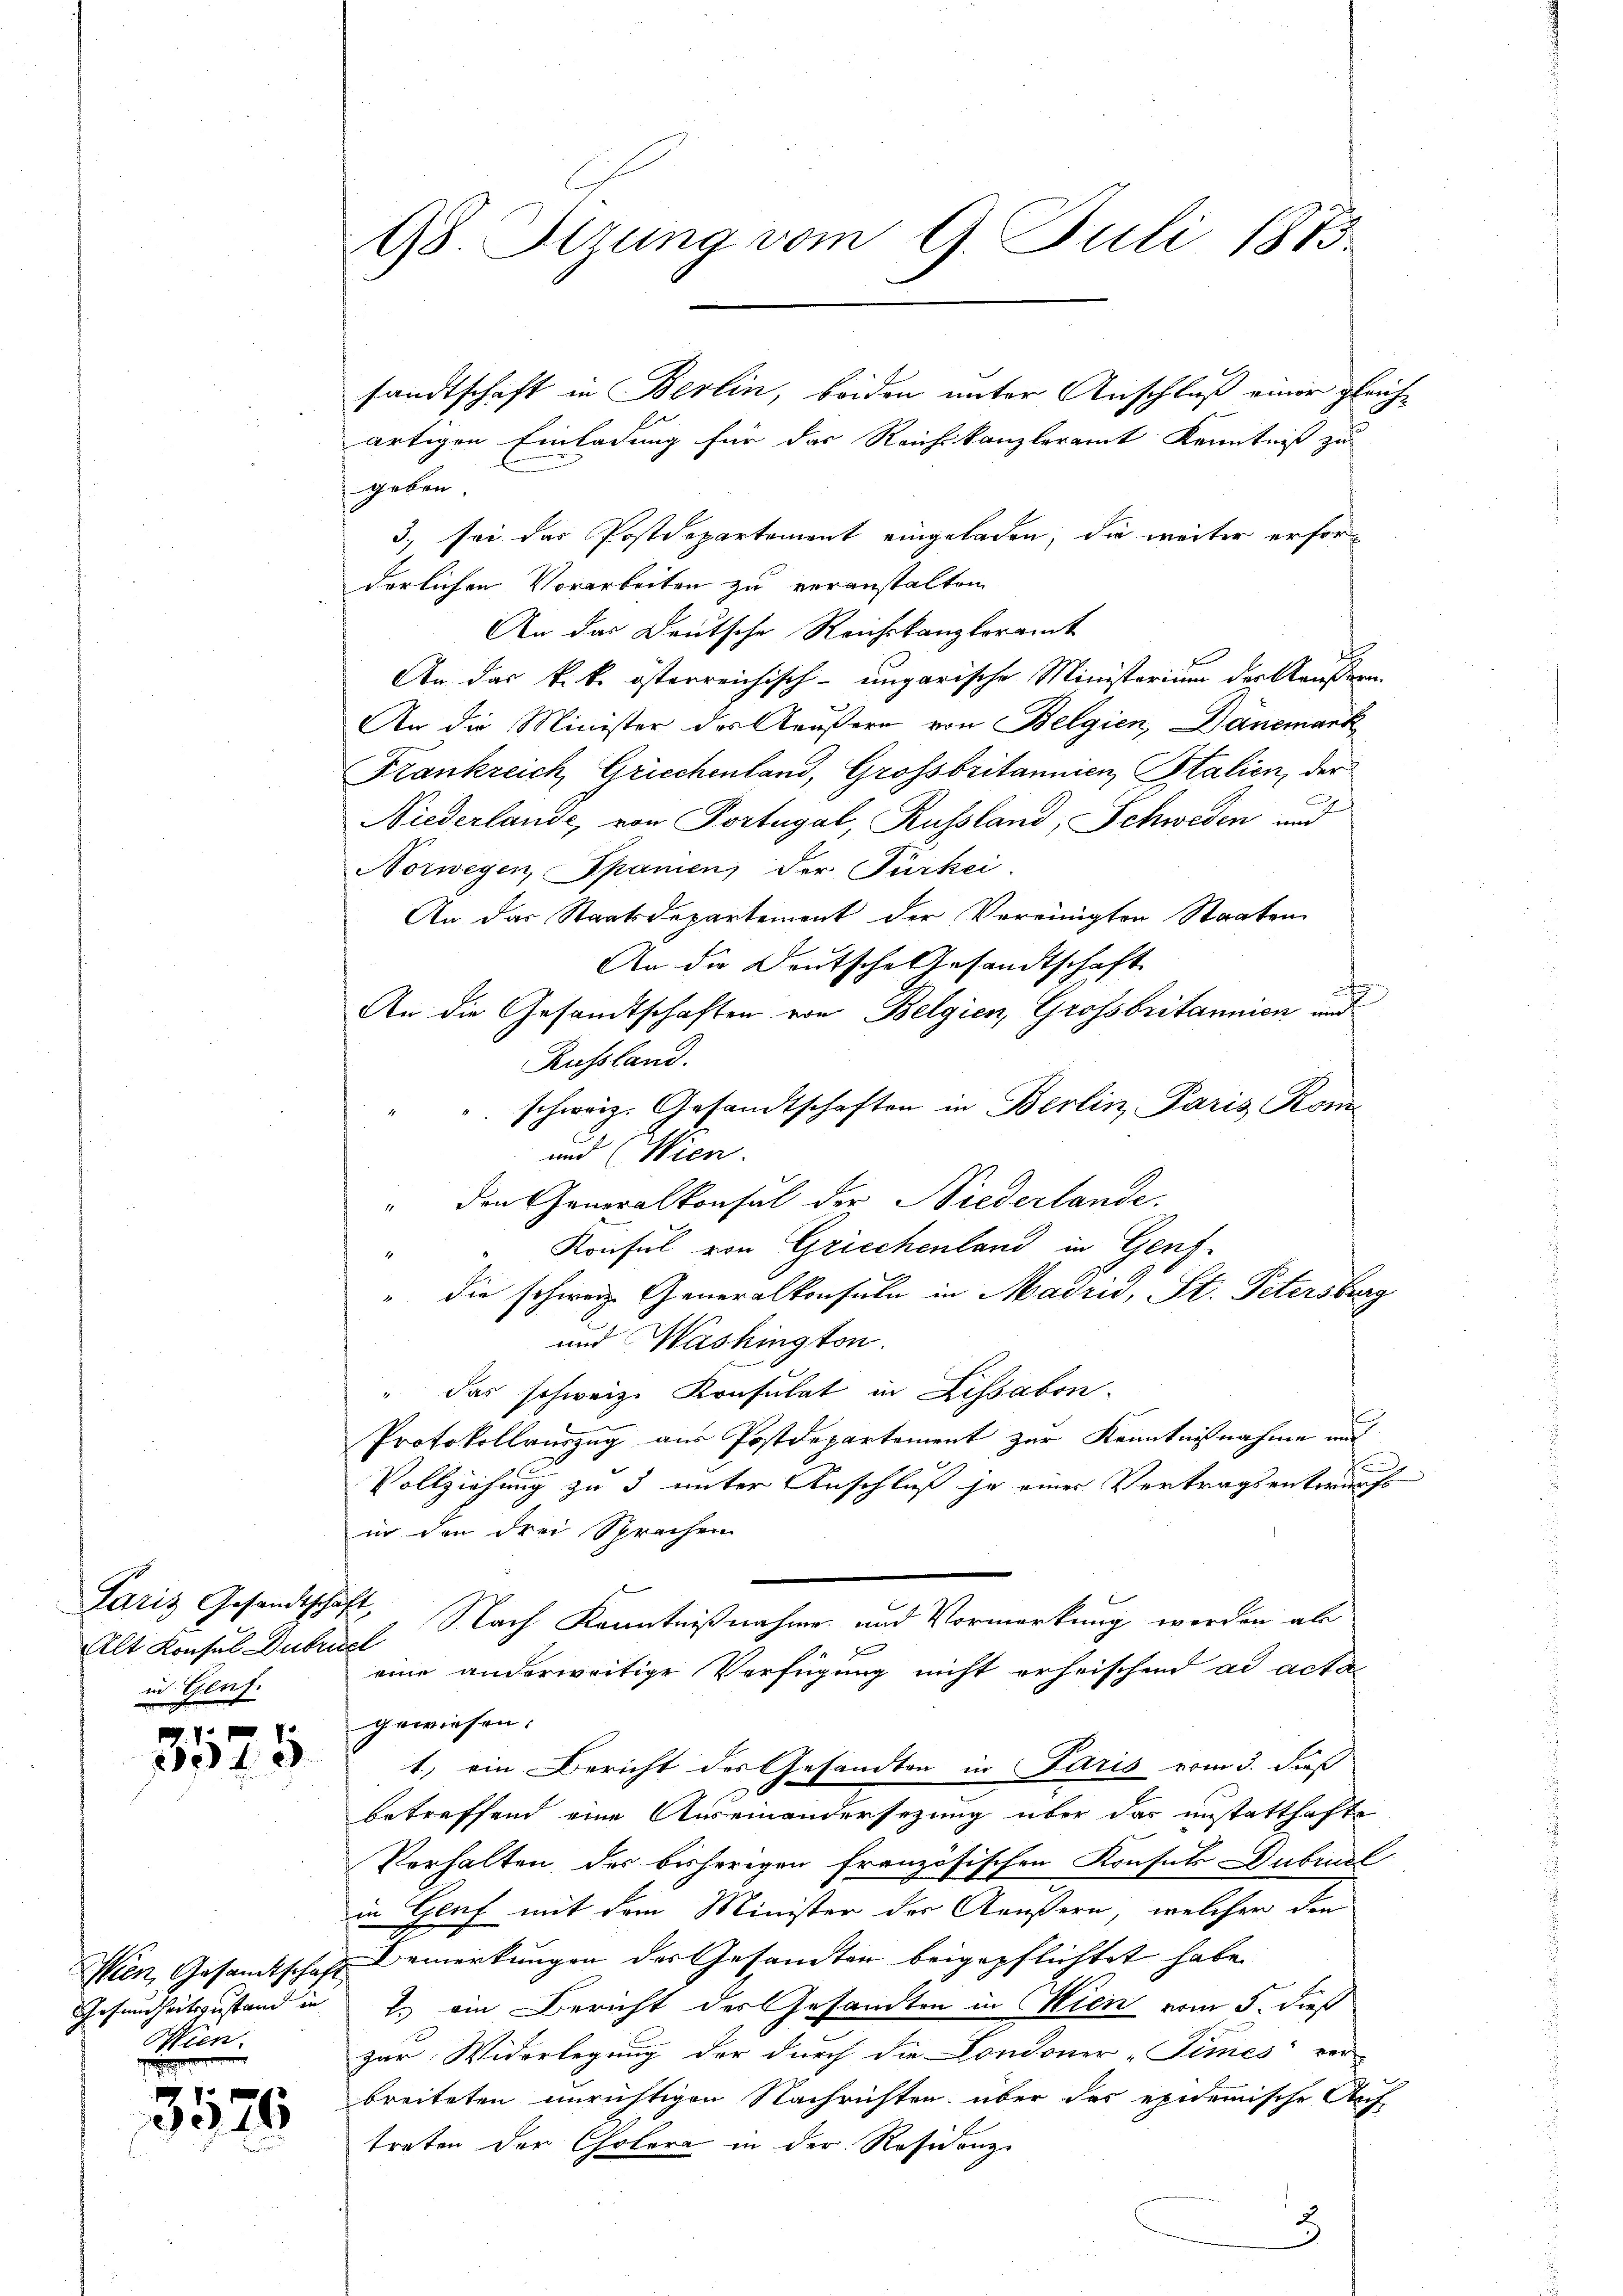
Paris Gesandtschäft
Alt Konsul Dubruck
in Genf.

1
240

Wien.

3526

98 Sizung vom 9. Juli 1873

sandtschaft in Berlin, beiden unter Anschluß einer gleich¬

artigen Einladung für das Reichskanzleramt Kenntniß zu
geben.
3., sei das Postdepartement eingeladen, die weiter erforderlichen Vorarbeiten zu veranstalten
An das Deutsche Reichskanzloramt
An das k.k. österreichisch-ungarische Ministerium der Käußern.
An die Minister des Aeußern von Belgien, Dänemark
Frankreich, Griechenland, Grossbritannien Stalien, der
f
Niederlande, von Portugal, Russland, Schweden und
Norwegen, Spanien der Türkei
An das Staatsdepartement der Vereinigten Staaten
An die Deutsche Gesandtschaft
t
An die Gesandtschaften von Belgien, Grossbritannien und
Russland.
schweiz. Gesandtschaften in Berlin Paris Kom-
und (Wien.
den Generalkonsul der Niederlande.
Konsul von Griechenland in Genf.
" die schweiz. Generalkonsuln in Madris, St. Petersburg
und Washington.
" das schweiz. Konsulat in Lissabon.
Protokollauszug aus Postdepartement zur Kenntnißnahme auf
c
Vollziehung zu 3 unter Anschluß ja einer Vertragsentwurfs
in den drei Sprachen
Nach Kenntnißnahme und Vormerkung werden ab
F
eine anderweitige Verfügung nicht erheischend ad actan
gewiesen.
1) ein Bericht des Gesandten in Paris vom 3. dieß
betreffend eine Auseinandersezung über das unstatthafte
Vorhalten der bisherigen französischen Konfels Dubral
in Genf mit dem Minister der Aeußern, welcher den
Wien, Gesamtschaft Bemerkungen der Gesandten beigepflichtet habe.
Gesundheitszustand in 2. ein Bericht des Gesandten in Wien vom 5. dieß
zur Widerlegung der durch die Londoner-Times“ ver-
breiteten unrichtigen Nachrichten über das epidemische Auf-
treten der Cholera in der Residenz.